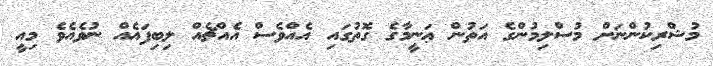
މުޝްރިކުންނަށް މުސްލިމުންގެ އަތުން ޢަނީމާގެ ގޮތުގައި އެއްވެސް އެއްޗެއް ލިބިފައެއް ނުވެއެވެ މިއީ